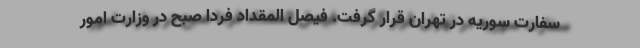
سفارت سوریه در تهران قرار گرفت. فیصل المقداد فردا صبح در وزارت امور